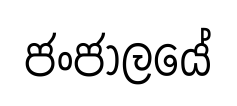
ජංජාලයේ